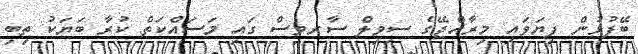
ބޭފުޅުން ފިޔަވައި މިރާއްޖޭގެ ސިވިލް ސާރވިސް ގައި މަަސައްކަތް ކުރާ ބަޔަކު ތިބި